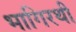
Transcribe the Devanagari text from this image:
भागिरथी